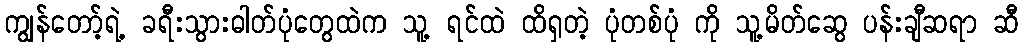
ကျွန်တော့်ရဲ့ ခရီးသွားဓါတ်ပုံတွေထဲက သူ့ ရင်ထဲ ထိရှတဲ့ ပုံတစ်ပုံ ကို သူ့မိတ်ဆွေ ပန်းချီဆရာ ဆီ